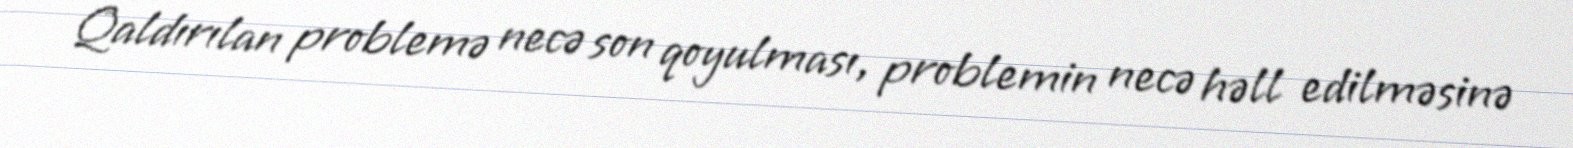
Qaldırılan problemə necə son qoyulması, problemin necə həll edilməsinə